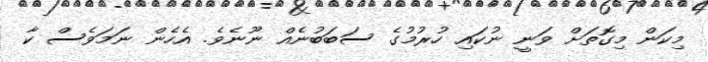
މިކަން މިގޮތަށް ވަނީ ނުކައި ހުރުމުގެ ސަބަބުނެއް ނޫނެވެ. އެެހެން ނަަމަވެސް ކާ